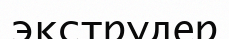
экструдер